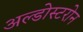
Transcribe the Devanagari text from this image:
अल्डोस्टरोन